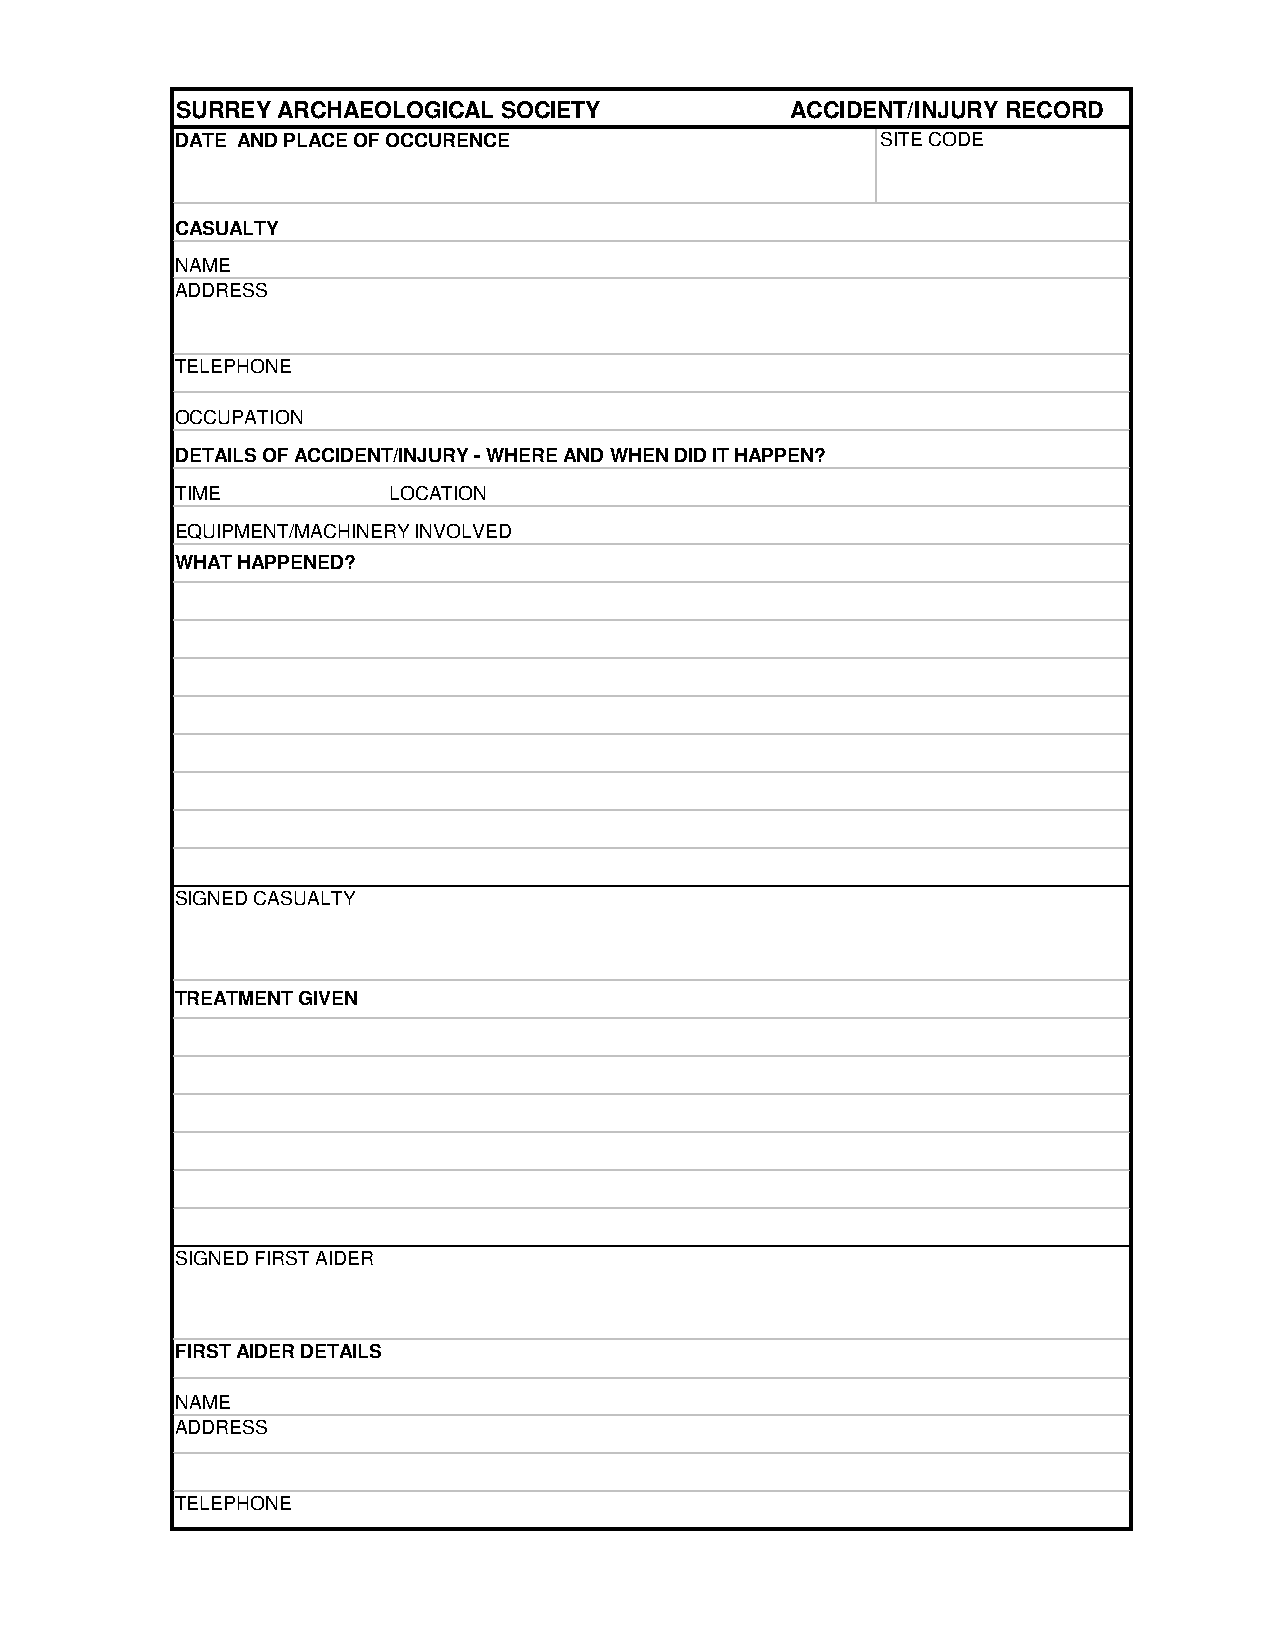
SURREY ARCHAEOLOGICAL SOCIETY           ACCIDENT/INJURY RECORD
 DATE AND PLACE OF OCCURENCE                   SITE CODE
 CASUALTY
 NAME
 ADDRESS
 TELEPHONE
 OCCUPATION
 DETAILS OF ACCIDENT/INJURY - WHERE AND WHEN DID IT HAPPEN?
 TIME          LOCATION
 EQUIPMENT/MACHINERY INVOLVED
 WHAT HAPPENED?
 SIGNED CASUALTY
 TREATMENT GIVEN
 SIGNED FIRST AIDER
 FIRST AIDER DETAILS
 NAME
 ADDRESS
 TELEPHONE